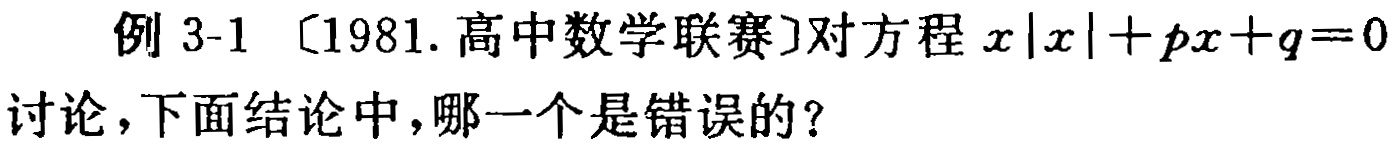
例 3-1 〔1981.高中数学联赛〕对方程 \(x|x| + px + q = 0\) 讨论，下面结论中，哪一个是错误的？